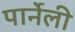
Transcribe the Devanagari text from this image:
पार्नेली